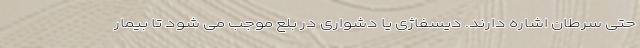
حتی سرطان اشاره دارند. دیسفاژی یا دشواری در بلع موجب می شود تا بیمار